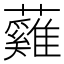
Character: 𧄰